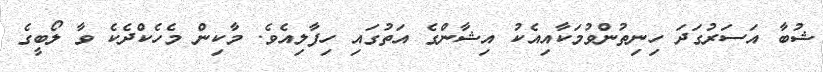
ޝުބާ އަސަރުގަދަ ހިނިތުންވުމަކާއިއެކު އިޝާންގެ އަތުގައި ހިފާލިއެވެ. މާކިން މެހެކްދެކެ ވާ ލޯބީގެ